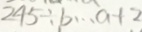
2 4 5 \div b \cdots a + 2